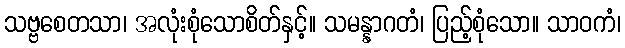
သဗ္ဗစေတသာ၊ အလုံးစုံသောစိတ်နှင့်။ သမန္နာဂတံ၊ ပြည့်စုံသော။ သာဝကံ၊